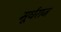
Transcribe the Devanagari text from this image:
मूर्धराज